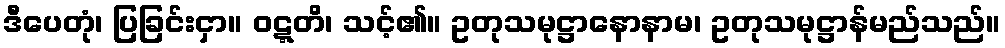
ဒီပေတုံ၊ ပြခြင်းငှာ။ ဝဋ္ဋတိ၊ သင့်၏။ ဥတုသမုဋ္ဌာနောနာမ၊ ဥတုသမုဋ္ဌာန်မည်သည်။